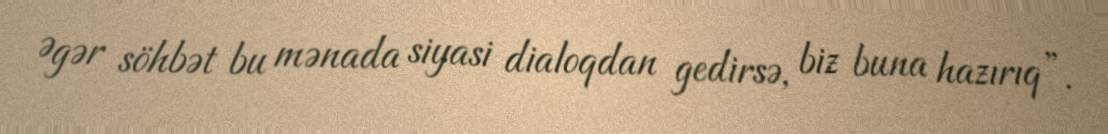
Əgər söhbət bu mənada siyasi dialoqdan gedirsə, biz buna hazırıq”.